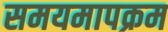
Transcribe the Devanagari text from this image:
समयमापक्रम